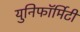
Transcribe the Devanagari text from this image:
युनिफॉर्मिटी